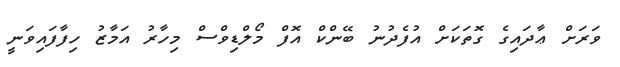
ވަރަށް ޢާދައިގެ ގޮތަކަށް އުފެދުނު ބޭންކް އޮފް މޯލްޑިވްސް މިހާރު އަމާޒު ހިފާފައިވަނީ